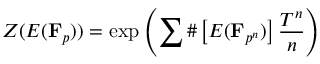
Z ( E ( \mathbf { F } _ { p } ) ) = \exp \left( \sum \# \left[ E ( { \mathbf { F } } _ { p ^ { n } } ) \right] { \frac { T ^ { n } } { n } } \right)